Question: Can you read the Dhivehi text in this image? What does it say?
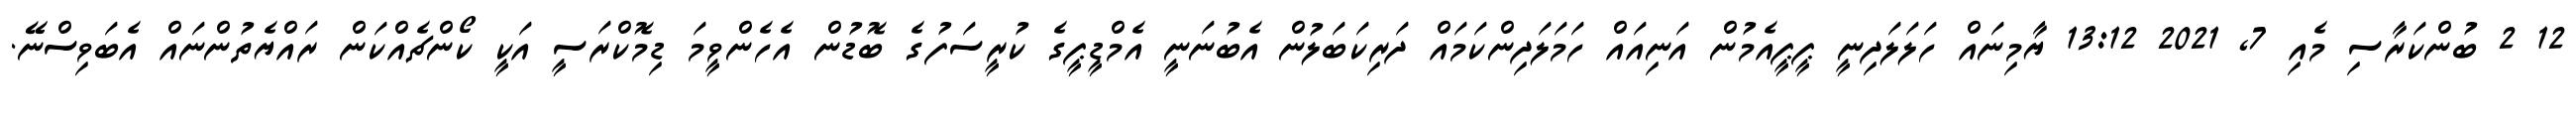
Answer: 12 2 ބުންކަރާސި މެއި 7, 2021 13:12 ޔާމިނައް ހަލަލަދިނީ ޕީޕީއެމުން އަނިއައް ހަމަލަދިންކަމައް ދަރިކަބަލުން އެބުނަނީ އެމްޑީޕީގެ ކުރީސަފުގެ ބޮޑުން އެހެންވީމަ ޑިމޮކްރަސީ އަކީ ކޯންޗެއްކަން ރައްޔެތުންނައް އެބަވިސްނޭ.